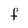
Character: f